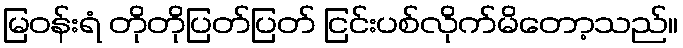
မြဝန်းရံ တိုတိုပြတ်ပြတ် ငြင်းပစ်လိုက်မိတော့သည်။